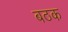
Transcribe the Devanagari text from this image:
बठक